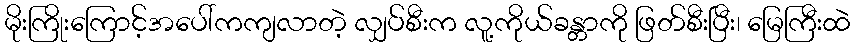
မိုးကြိုးကြောင့်အပေါ်ကကျလာတဲ့ လျှပ်စီးက လူ့ကိုယ်ခန္တာကို ဖြတ်စီးပြီး၊ မြေကြီးထဲ